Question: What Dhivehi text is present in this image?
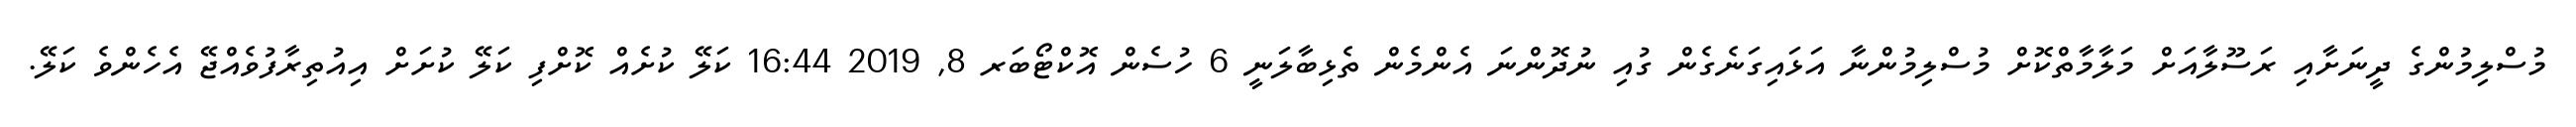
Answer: މުސްލިމުންގެ ދީނަށާއި ރަސޫލާއަށް މަލާމާތްކޮށް މުސްލިމުންނާ އަޅައިގަނެގެން ގުއި ނުދޮންނަ އެންމެން ތެޅިބާލަނީ 6 ހުސެން އޮކްޓޯބަރ 8, 2019 16:44 ކަލޭ ކުށެއް ކޮށްފި ކަލޭ ކުށަށް އިއުތިރާފުވެއްޖޭ އެހެންވެ ކަލޭ.